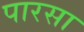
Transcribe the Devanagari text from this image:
पारसा